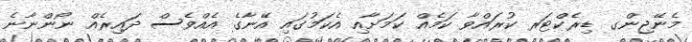
މެނޭޖިންގ ޑިރެކްޓަރ ކުރައްވާ ކަމެއް ކަމަށާއި އެކަމުގައި އޭނާގެ އެއްވެސް ދައިރެއް ނޯންނާނެ